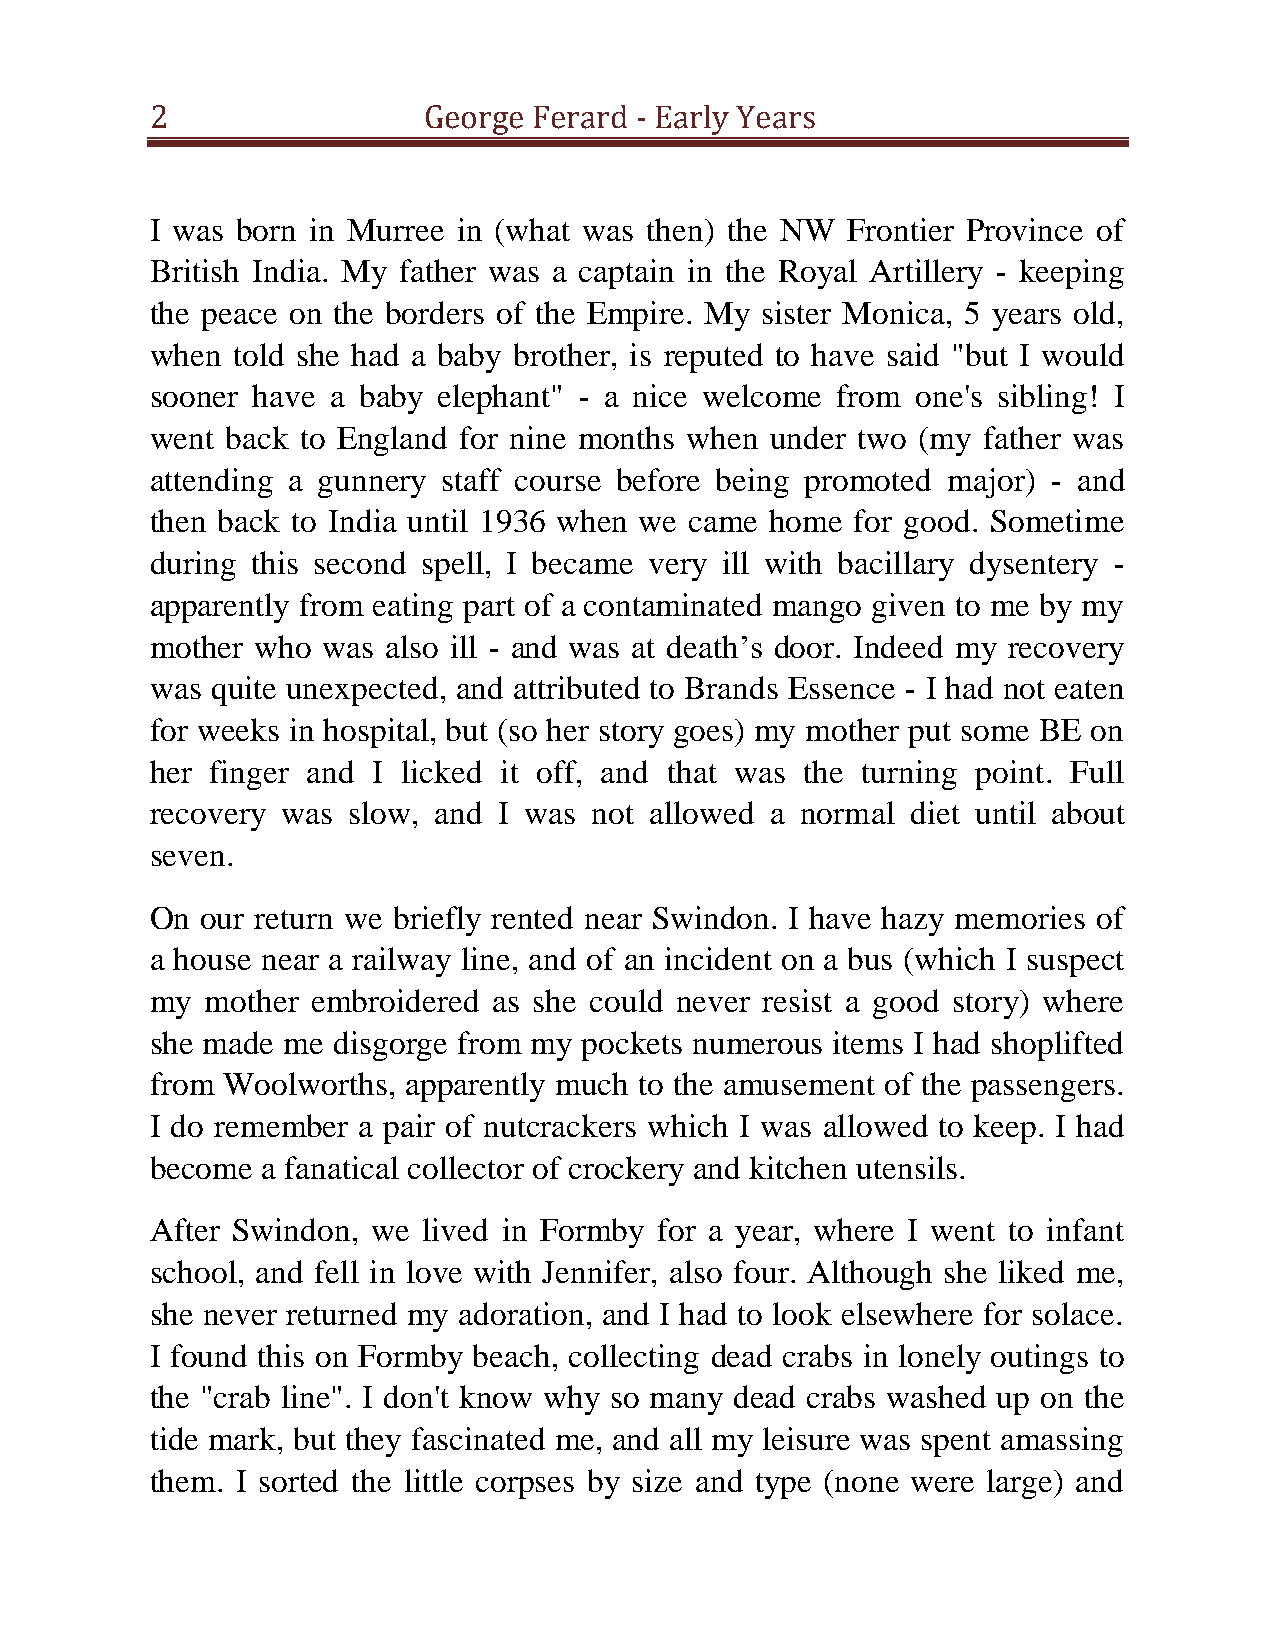
2                 George Ferard - Early Years
 I was born in Murree in (what was then) the NW Frontier Province of
 British India. My father was a captain in the Royal Artillery - keeping
 the peace on the borders of the Empire. My sister Monica, 5 years old,
 when told she had a baby brother, is reputed to have said "but I would
 sooner have a baby elephant" - a nice welcome from one's sibling! I
 went back to England for nine months when under two (my father was
 attending a gunnery staff course before being promoted major) - and
 then back to India until 1936 when we came home for good. Sometime
 during this second spell, I became very ill with bacillary dysentery -
 apparently from eating part of a contaminated mango given to me by my
 mother who was  also ill - and was at death’s door. Indeed my recovery
 was quite unexpected, and attributed to Brands Essence - I had not eaten
 for weeks in hospital, but (so her story goes) my mother put some BE on
 her finger and I licked it off, and that was the turning point. Full
 recovery was slow, and I was not allowed a normal diet until about
 seven.
 On our return we briefly rented near Swindon. I have hazy memories of
 a house near a railway line, and of an incident on a bus (which I suspect
 my  mother embroidered as she could never resist a good story) where
 she made me disgorge from my pockets numerous items I had shoplifted
 from Woolworths, apparently much to the amusement of the passengers.
 I do remember a pair of nutcrackers which I was allowed to keep. I had
 become a fanatical collector of crockery and kitchen utensils.
 After Swindon, we lived in Formby for a year, where I went to infant
 school, and fell in love with Jennifer, also four. Although she liked me,
 she never returned my adoration, and I had to look elsewhere for solace.
 I found this on Formby beach, collecting dead crabs in lonely outings to
 the "crab line". I don't know why so many dead crabs washed up on the
 tide mark, but they fascinated me, and all my leisure was spent amassing
 them. I sorted the little corpses by size and type (none were large) and